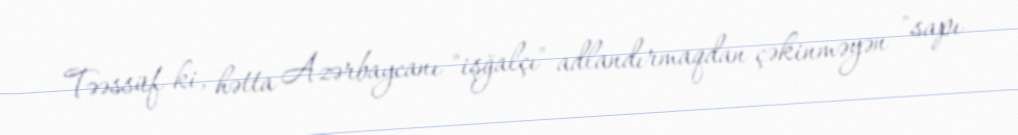
Təəssüf ki, hətta Azərbaycanı "işğalçı" adlandırmaqdan çəkinməyən "sapı